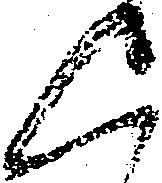
く